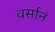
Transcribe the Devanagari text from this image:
वर्सानं